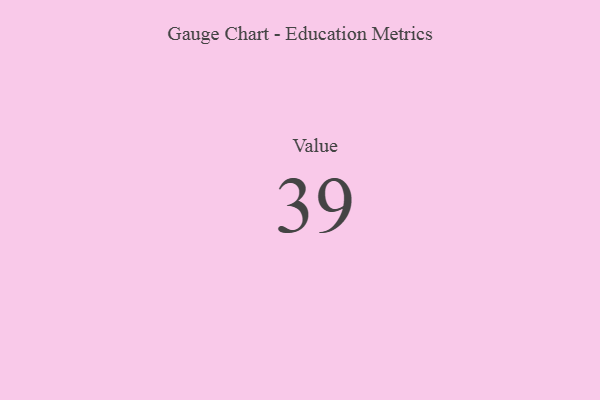
{"axis": {"x": "Metric", "y": "Value"}, "legend": [""], "data": [{"x": "Value", "y": 39, "type": ""}]}